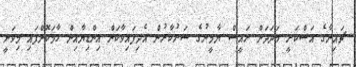
ޗައިނާގެ އަސްކަރީ މަދަދަށް ރައީސް ޔާމީނުގެ ސަރުކާރުން އެދިފައިވާކަން އިންޑިޔާއިން ހާމަކޮށްފައި މިވަނީ